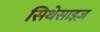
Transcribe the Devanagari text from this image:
सिथेसाइज़